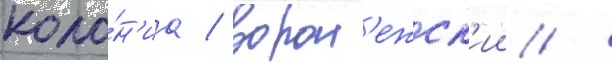
коло́н'иа / ворон'ежск'ии /